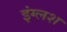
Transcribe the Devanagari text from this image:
इंग्लश